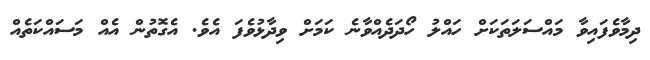
ދިމާވެފައިވާ މައްސަލަތަކަށް ހައްލު ހޯދަދެއްވާނެ ކަމަށް ވިދާޅުވެފަ އެވެ. އެގޮތުން އެއް މަސައްކަތެއް